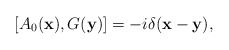
\begin{align*}[A_0({\bf x}),G({\bf y})] = -i\delta({\bf x-y}),\end{align*}